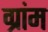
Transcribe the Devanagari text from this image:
ग्रांम